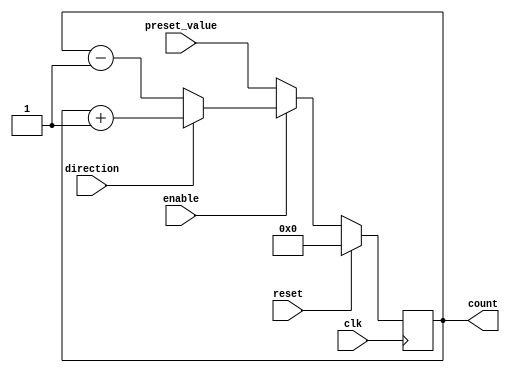
module Counter(
    input wire clk, //clock signal
    input wire reset, //reset signal
    input wire enable, //enable signal
    input wire direction, //count up or count down
    input wire [7:0] preset_value, //preset count value

    output reg [7:0] count //current count value
);

always @(posedge clk) begin
    if (reset) //reset to initial value
        count <= 8'd0;
    else if (enable) begin
        if (direction) //count up
            count <= count + 1;
        else //count down
            count <= count - 1;
    end
    else //preset value
        count <= preset_value;
end

endmodule